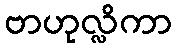
ဗာဟုလ္လိကာ